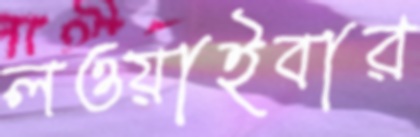
লওয়াইবার